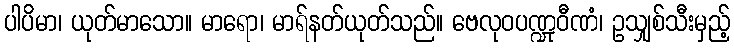
ပါပိမာ၊ ယုတ်မာသော။ မာရော၊ မာရ်နတ်ယုတ်သည်။ ဗေလုဝပဏ္ဍုဝီဏံ၊ ဥသျှစ်သီးမှည့်